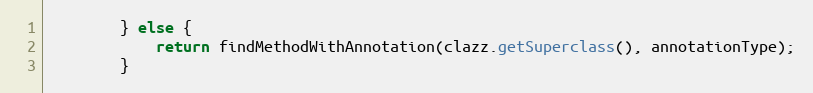
Language: Java
        } else {
            return findMethodWithAnnotation(clazz.getSuperclass(), annotationType);
        }